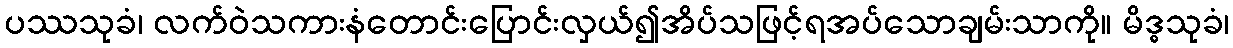
ပဿသုခံ၊ လက်ဝဲသကားနံတောင်းပြောင်းလှယ်၍အိပ်သဖြင့်ရအပ်သောချမ်းသာကို။ မိဒ္ဓသုခံ၊